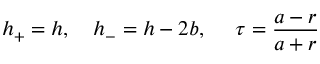
h _ { + } = h , \ \ \ h _ { - } = h - 2 b , \ \ \ \ \tau = \frac { a - r } { a + r }